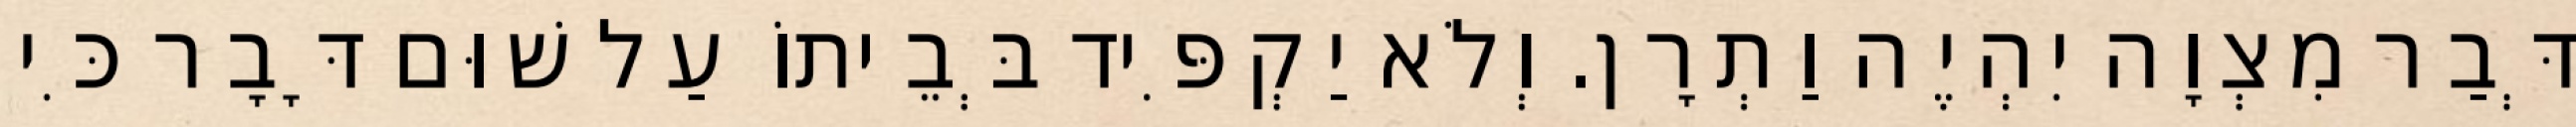
דְּבַר מִצְוָה יִהְיֶה וַתְרָן. וְלֹא יַקְפִּיד בְּבֵיתוֹ עַל שׁוּם דָּבָר כִּי